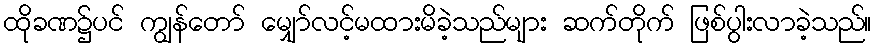
ထိုခဏ၌ပင် ကျွန်တော် မျှော်လင့်မထားမိခဲ့သည်များ ဆက်တိုက် ဖြစ်ပွါးလာခဲ့သည်။